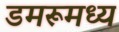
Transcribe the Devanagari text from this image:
डमरूमध्य